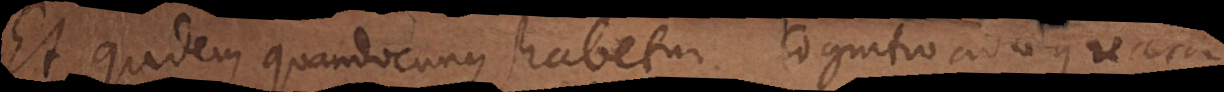
Et quidem quandocunque habetur cognitio adaequata,